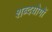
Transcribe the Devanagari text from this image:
शब्दयोगों